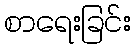
စာရေးခြင်း